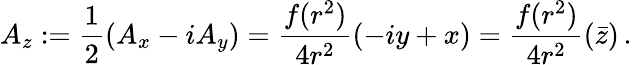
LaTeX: A_{z}:=\frac{1}{2}\left(A_{x}-iA_{y}\right)=\frac{f(r^{2})}{4r^{2}}\left(-iy+x\right)=\frac{f(r^{2})}{4r^{2}}\left(\bar{z}\right)\, .